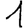
Digit: 1